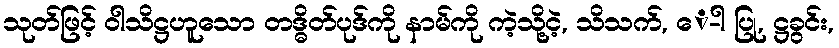
သုတ်ဖြင့် ဝါသိဋ္ဌဟူသော တဒ္ဓိတ်ပုဒ်ကို နာမ်ကို ကဲ့သို့ငဲ့, သိသက်, ေ-ါ ပြု, ဋ္ဌခွင်း,